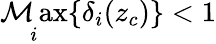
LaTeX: \operatorname*{\mathcal{M}ax}_{i}\{ \delta_{i}(z_{c})\} <1